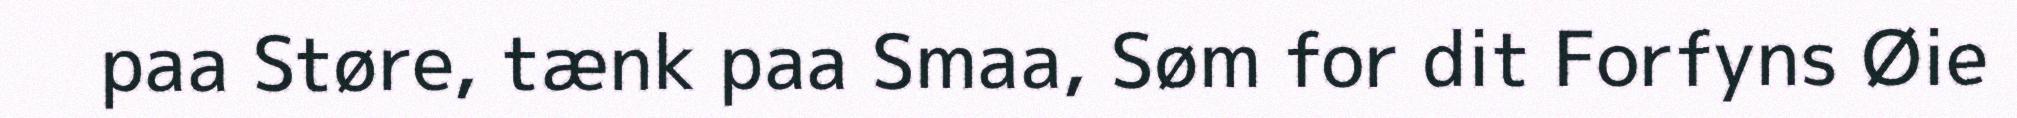
paa Støre, tænk paa Smaa, Søm for dit Forfyns Øie